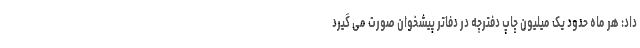
داد: هر ماه حدود یک میلیون چاپ دفترچه در دفاتر پیشخوان صورت می گیرد